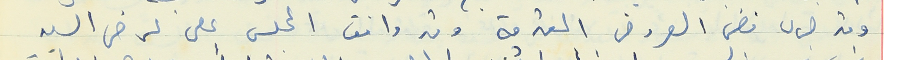
وقد جرى فض العروض المقدمة وقد وافق المجلس على عرض السيد